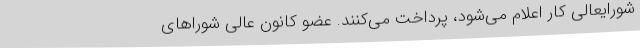
شورایعالی کار اعلام می‌شود، پرداخت می‌کنند. عضو کانون عالی شوراهای